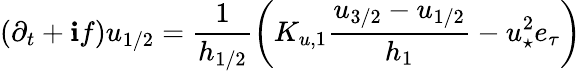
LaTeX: (\partial_{t}+\mathbf{i}f)u_{1/2}=\frac{{1}}{{h_{1/2}}}\left(K_{u,1}\frac{{u_{3/2}-u_{1/2}}}{{h_{1}}}-{u_{\star}^{2}e_{\tau}}\right)